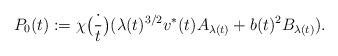
LaTeX: \begin{align*} P_0(t) := \chi\big(\frac{\cdot}{t}\big)(\lambda(t)^{3/2}v^*(t)A_{\lambda(t)} + b(t)^2 B_{\lambda(t)}).\end{align*}